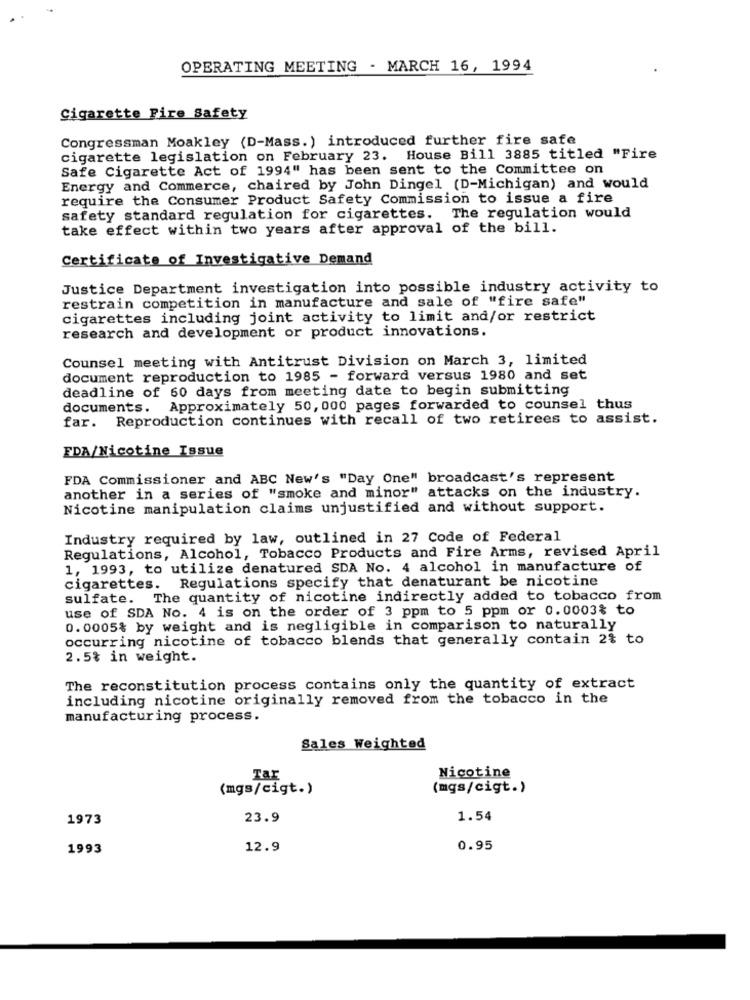
OPERATING MEETING - MARCH 16, 1994
Cigarette Fire Safety
Congressman Moakley (D-Mass.) introduced further fire safe
cigarette legislation on February 23. House Bill 3885 titled "Fire
Safe Cigarette Act of 1994" has been sent to the Committee on
Energy and Commerce, chaired by John Dingel (D-Michigan) and would
require the Consumer Product Safety Commission to issue a fire
safety standard regulation for cigarettes. The regulation would
take effect within two years after approval of the bill.
Certificate of Investigative Demand
Justice Department investigation into possible industry activity to
restrain competition in manufacture and sale of "fire safe"
cigarettes including joint activity to limit and/or restrict
research and development or product innovations.
Counsel meeting with Antitrust Division on March 3, limited
document reproduction to 1985 - forward versus 1980 and set
deadline of 60 days from meeting date to begin submitting
documents. Approximately 50, 000 pages forwarded to counsel thus
far. Reproduction continues with recall of two retirees to assist.
FDA/Nicotine Issue
FDA Commissioner and ABC New's "Day One" broadcast's represent
another in a series of "smoke and minor" attacks on the industry.
Nicotine manipulation claims unjustified and without support.
Industry required by law, outlined in 27 Code of Federal
Regulations, Alcohol, Tobacco Products and Fire Arms, revised April
1, 1993, to utilize denatured SDA No. 4 alcohol in manufacture of
cigarettes. Regulations specify that denaturant be nicotine
sulfate. The quantity of nicotine indirectly added to tobacco from
use of SDA No. 4 is on the order of 3 ppm to 5 ppm or 0.0003% to
0.0005% by weight and is negligible in comparison to naturally
occurring nicotine of tobacco blends that generally contain 2% to
2.5% in weight.
The reconstitution process contains only the quantity of extract
including nicotine originally removed from the tobacco in the
manufacturing process.
Sales Weighted
Tar
Nicotine
(mgs/cigt.)
(mgs/cigt.)
1973
23.9
1.54
1993
12.9
0.95